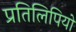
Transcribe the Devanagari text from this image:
प्रतिलिपियो